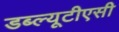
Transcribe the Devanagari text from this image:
डब्ल्यूटीएसी